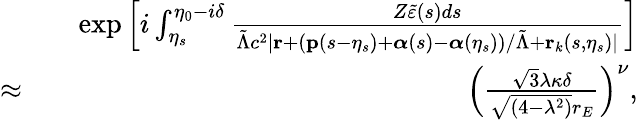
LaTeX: \begin{array}{rlr}&{}&{\exp\left[i\int_{\eta_{s}}^{\eta_{0}-i\delta}\frac{Z\tilde{\varepsilon}(s)ds}{\tilde{\Lambda}c^{2}|\mathbf{r}+(\mathbf{p}(s-\eta_{s})+\boldsymbol{\alpha}(s)-\boldsymbol{\alpha}(\eta_{s}))/\tilde{\Lambda}+\mathbf{r}_{k}(s,\eta_{s})|}\right]}\\ {\approx}&{}&{\left(\frac{\sqrt{3}\lambda\kappa\delta}{\sqrt{(4-\lambda^{2})}r_{E}}\right)^{\nu},}\end{array}